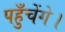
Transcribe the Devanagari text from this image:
पहुँचेंगे।